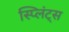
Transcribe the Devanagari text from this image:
स्प्लिंट्स